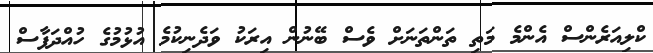
ކްލިއަރެންސް އެންމެ މަތި ތަންތަނަށް ވެސް ބޭނުން އިރަކު ވަދެނިކުމެ އުޅުމުގެ ހުއްދަފާސް